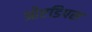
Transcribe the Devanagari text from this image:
ओएडिपस